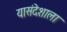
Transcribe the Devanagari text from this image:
यासंदेशाला